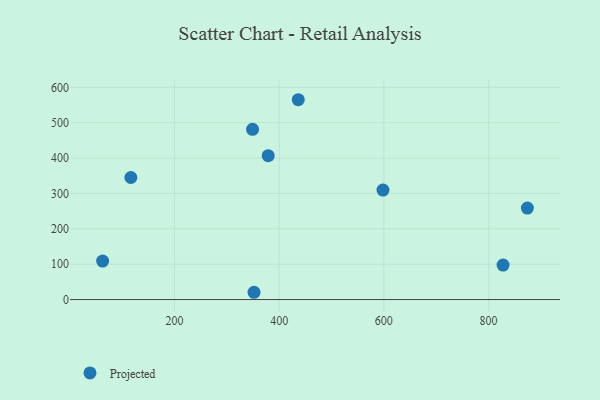
{"axis": {"x": "Investment", "y": "Fuel Efficiency"}, "legend": ["Projected"], "data": [{"x": "379.1", "y": 406.8, "type": "Projected"}, {"x": "62.8", "y": 108.7, "type": "Projected"}, {"x": "827.7", "y": 97.4, "type": "Projected"}, {"x": "874.1", "y": 258.6, "type": "Projected"}, {"x": "352.0", "y": 20.6, "type": "Projected"}, {"x": "436.5", "y": 564.9, "type": "Projected"}, {"x": "349.2", "y": 481.3, "type": "Projected"}, {"x": "598.3", "y": 309.5, "type": "Projected"}, {"x": "116.7", "y": 345.1, "type": "Projected"}]}